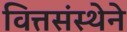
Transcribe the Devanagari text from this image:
वित्तसंस्थेने